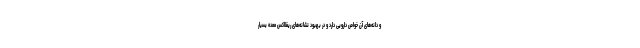
و دانه‌های آن خواص دارویی دارد و در بهبود نشانه‌های ریفلاکس معده بسیار